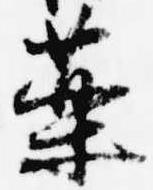
薬